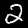
Label: 2